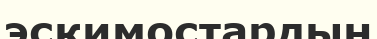
эскимостардың